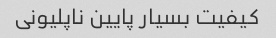
کیفیت بسیار پایین ناپلیونی